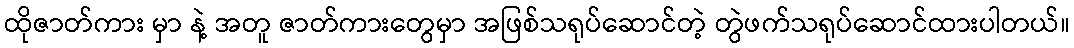
ထိုဇာတ်ကား မှာ နဲ့ အတူ ဇာတ်ကားတွေမှာ အဖြစ်သရုပ်ဆောင်တဲ့ တွဲဖက်သရုပ်ဆောင်ထားပါတယ်။